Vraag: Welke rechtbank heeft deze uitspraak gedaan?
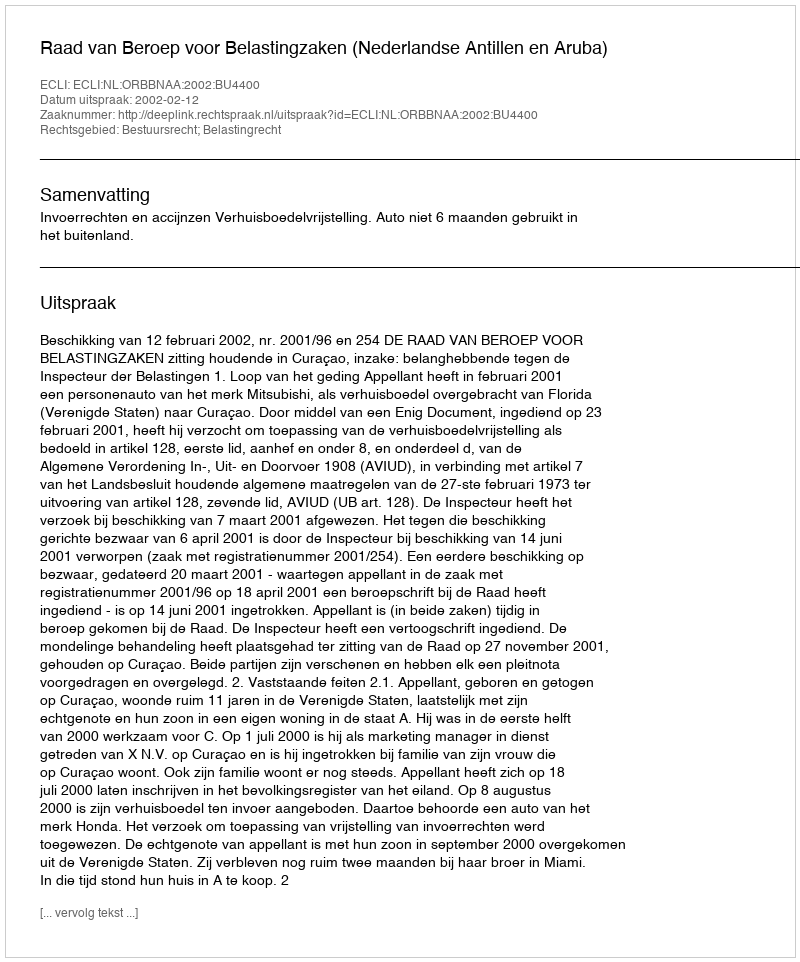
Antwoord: Raad van Beroep voor Belastingzaken (Nederlandse Antillen en Aruba)